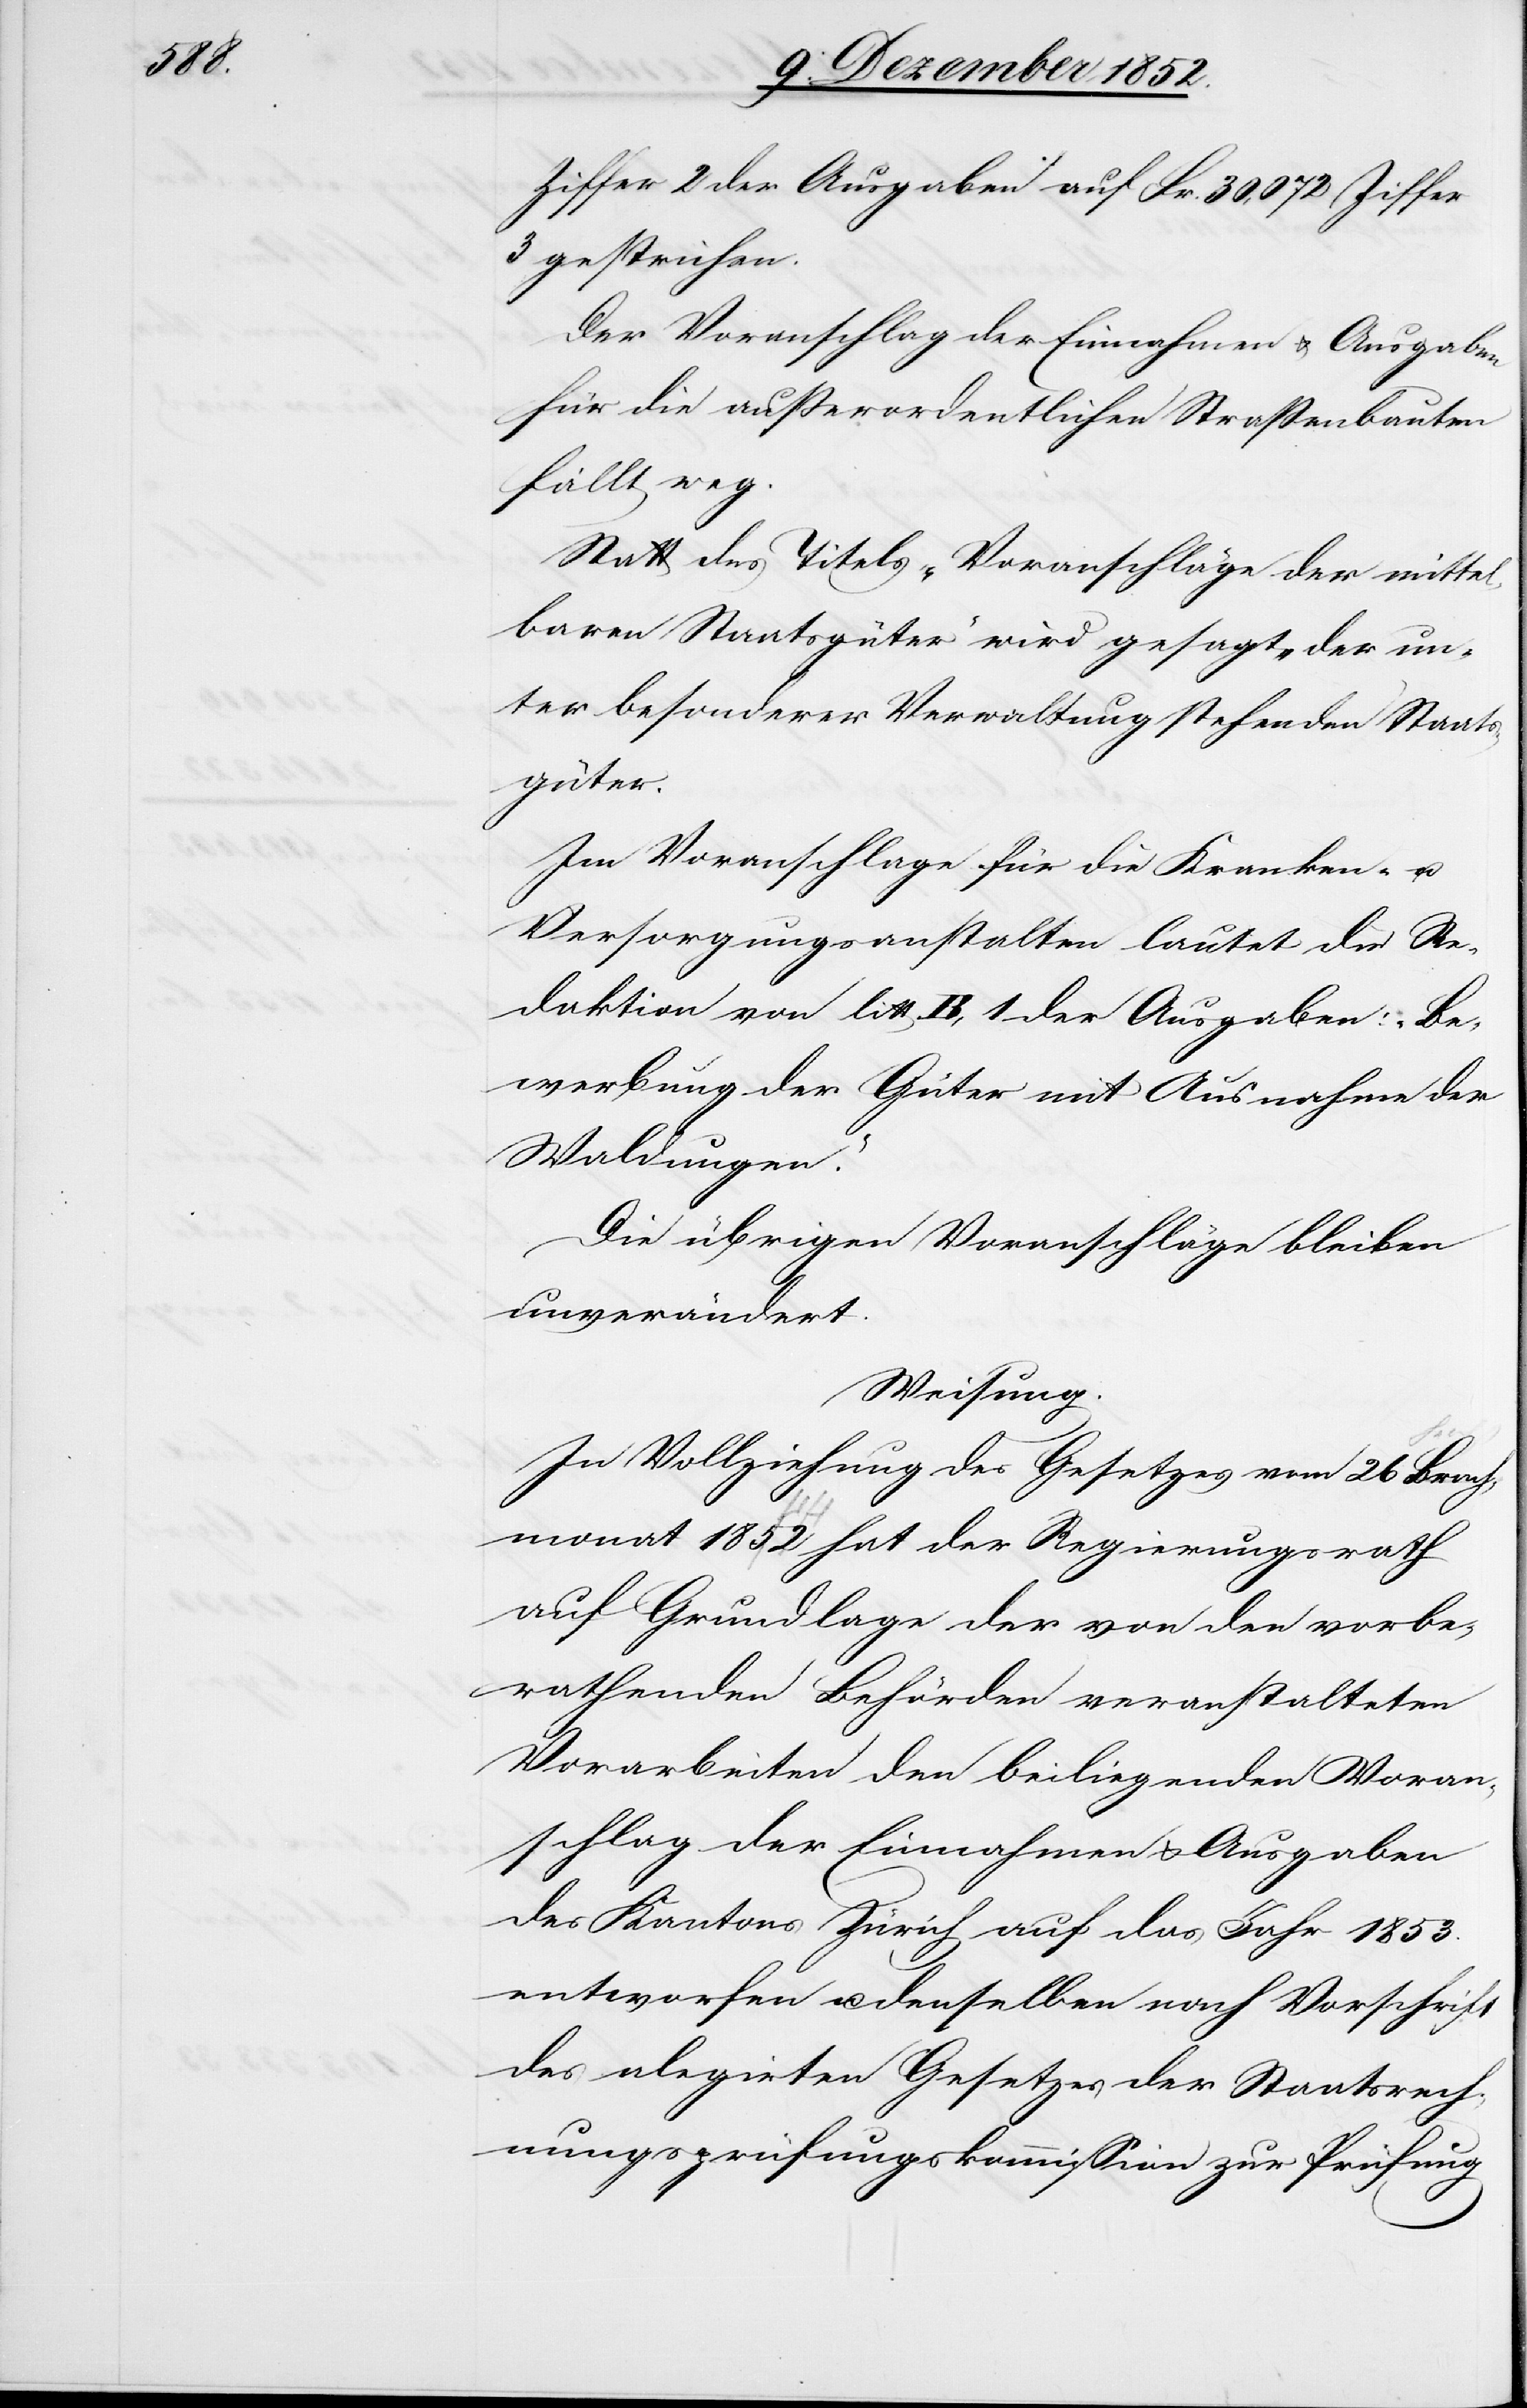
Ziffer 2 der Ausgaben auf Fr. 30,072 Ziffer
3 gestrichen.
Der Voranschlag der Einnahmen & Ausgaben
für die außerordentlichen Straßenbauten
fällt weg.
Statt des Titels „Voranschläge der mittel¬
baren Staatsgüter“ wird gesagt „der un¬
ter besonderer Verwaltung stehenden Staats¬
güter.[“]
Im Voranschlage für die Kranken- u.
Versorgungsanstalten lautet die Re¬
daktion von litt B, 1 der Ausgaben: „Be¬
werbung der Güter mit Ausnahme der
Waldungen.“
Die übrigen Voranschläge bleiben
unverändert.
Weisung.
In Vollziehung des Gesetzes vom 26 Brach¬
monat 1852 hat der Regierungsrath
auf Grundlage der von den vorbe¬
rathenden Behörden veranstalteten
Vorarbeiten den beiliegenden Voran¬
schlag der Einnahmen & Ausgaben
des Kantons Zürich auf das Jahr 1853.
entworfen u. denselben nach Vorschrift
des alegirten Gesetzes der Staatsrech¬
nungsprüfungskommission zur Prüfung